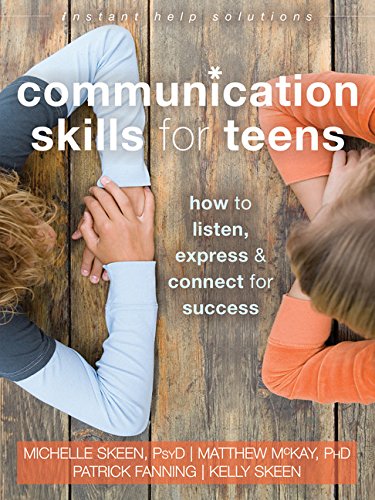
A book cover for Communication Skills for Teens: How to Listen, Express, and Connect for Success (The Instant Help Solutions Series); Michelle Skeen PsyD; Teen & Young Adult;